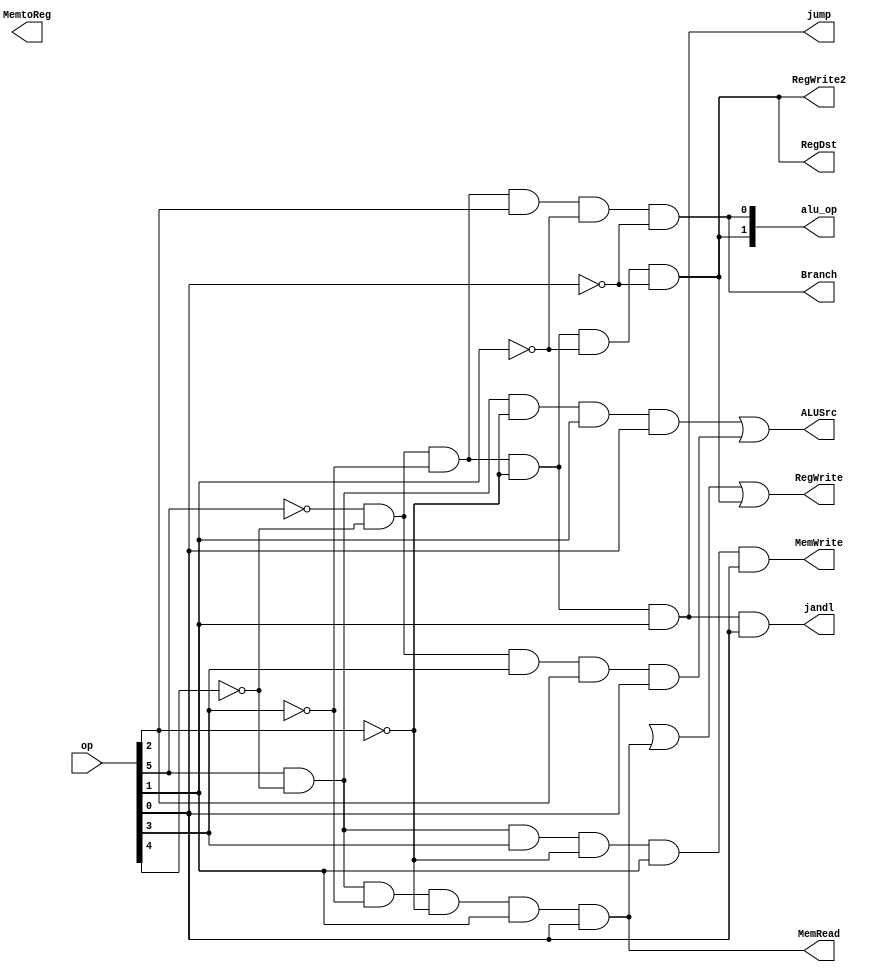
module control_unit(op,alu_op,RegDst,ALUSrc,MemtoReg,RegWrite,MemRead,MemWrite,Branch,RegWrite2,jump,jandl);

output [1:0] alu_op;
output RegDst,ALUSrc,MemtoReg,RegWrite,MemRead,MemWrite,Branch,RegWrite2,jump,jandl;
input [5:0] op;

wire r,not_op0,not_op1,not_op2,not_op3,not_op4,not_op5;
wire and1,and2,and3,and4,and5,and6;

not (not_op0, op[0]);
not (not_op1, op[1]);
not (not_op2, op[2]);
not (not_op3, op[3]);
not (not_op4, op[4]);
not (not_op5, op[5]);





// beq 000100
and (alu_op[0],not_op5,not_op4,not_op3,op[2],not_op1,not_op0);

// r-type
and (alu_op[1],not_op5,not_op4,not_op3,not_op2,not_op1,not_op0);

// r type
and (RegDst,not_op5,not_op4,not_op3,not_op2,not_op1,not_op0);

//lw 100011
and (MemToReg,op[5],not_op4,not_op3,not_op2,op[1],op[0]);

// lw 100011
and (MemRead,op[5],not_op4,not_op3,not_op2,op[1],op[0]);

//sw 101011
and (MemWrite,op[5],not_op4,op[3],not_op2,op[1],op[0]);

// branch 000100
and (Branch,not_op5,not_op4,not_op3,op[2],not_op1,not_op0);

// lw-sw-ori-lui
and (and1,op[5],not_op4,not_op2,op[1],op[0]);
and (and2,not_op5,not_op4,op[3],op[2],op[0]);
or  (ALUSrc,and1,and2);


// lw - r type -ori-lui
and (and3,not_op5,not_op4,op[3],op[2],op[0]); // ori -lui
and (and4,op[5],not_op4,not_op3,not_op2,op[1],op[0]);
and (and5,not_op5,not_op4,not_op3,not_op2,not_op1,not_op0);
or  (RegWrite,ann3,and4,and5);

and (RegWrite2,not_op5,not_op4,not_op3,not_op2,not_op1,not_op0); // for writing to rs

// jump
// j - janl
and (jump,not_op5,not_op4,not_op3,not_op2,op[1]);

// jandl
and (jandl,not_op5,not_op4,not_op3,not_op2,op[1],op[0]);


endmodule